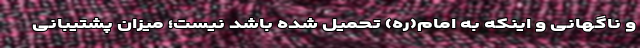
و ناگهانی و اینکه به امام(ره) تحمیل شده باشد نیست؛ میزان پشتیبانی